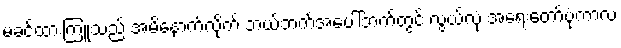
မခင်ထားကြူသည် အမိနောက်လိုက် ဘယ်ဘက်အပေါ်ဘက်တွင် လွယ်လုံ အရေးတော်ပုံကာလ